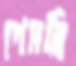
গেমব্লি